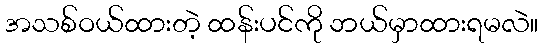
အသစ်ဝယ်ထားတဲ့ ထန်းပင်ကို ဘယ်မှာထားရမလဲ။